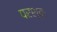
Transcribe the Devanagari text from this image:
परश्वः